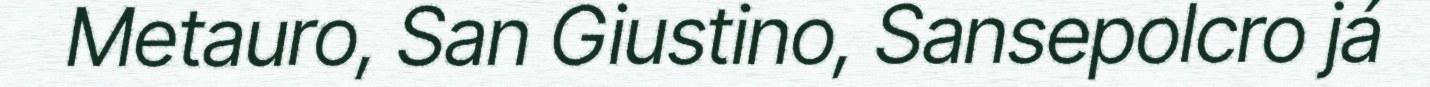
Metauro, San Giustino, Sansepolcro já